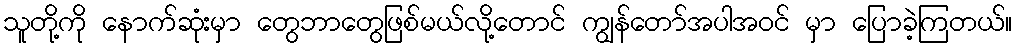
သူတို့ကို နောက်ဆုံးမှာ တွေဘာတွေဖြစ်မယ်လို့တောင် ကျွန်တော်အပါအဝင် မှာ ပြောခဲ့ကြတယ်။